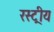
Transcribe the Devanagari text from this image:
रस्ट्रीय